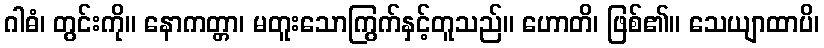
ဂါဓံ၊ တွင်းကို။ နောကတ္တာ၊ မတူးသောကြွက်နှင့်တူသည်။ ဟောတိ၊ ဖြစ်၏။ သေယျာထာပိ၊